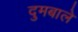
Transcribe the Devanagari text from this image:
दुमबाले